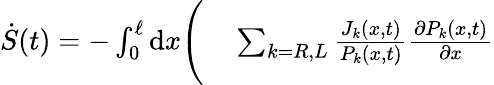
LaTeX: \begin{array}{rl}{\dot{S}(t)=-\int_{0}^{\ell}\mathrm{d}x\Bigg(}&{{}\sum_{k=R,L}\frac{J_{k}(x,t)}{P_{k}(x,t)}\frac{\partial P_{k}(x,t)}{\partial x}}\end{array}